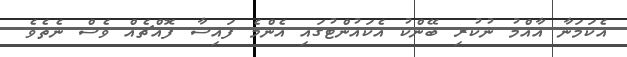
އެކަމަނާ އާއްމު ނުކުރި ބޭންކު އެކަައުންޓުގައި އެންމެ ފައިސާ ފޮއްޗެއް ވެސް ނެތެވެ.